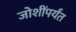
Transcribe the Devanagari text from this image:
जोशींपर्यंत